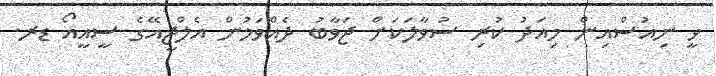
ވީ ނިއުސްއިން މިއަދު ކުރި ސުވާލަކަށް ޖަވާބު ދެއްވަމުން އެލްޖީއޭގެ ސީއީއޯ ޑރ.